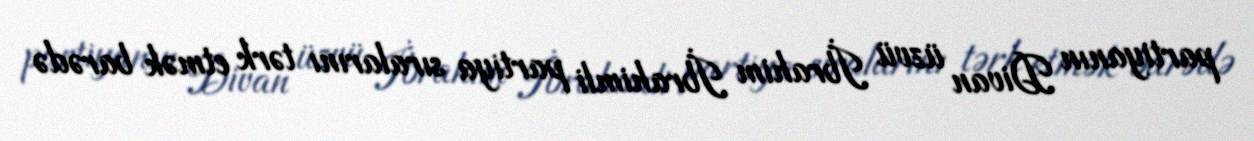
partiyanın Divan üzvü İbrahim İbrahimli partiya sıralarını tərk etmək barədə